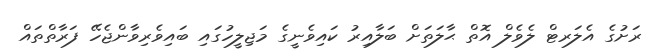
ރަށުގެ އެލަރޓް ލެވެލް އޮތް ޙާލަތަށް ބަލާއިރު ކައިވެނީގެ މަޖިލީހުގައި ބައިވެރިވާންޖެހޭ ފަރާތްތައް